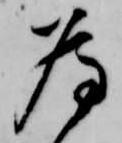
為